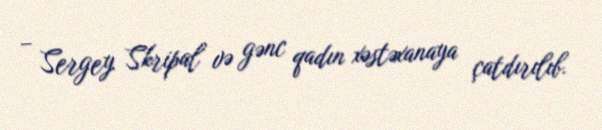
– Sergey Skripal və gənc qadın xəstəxanaya çatdırılıb.